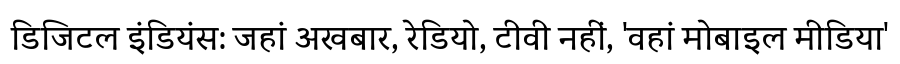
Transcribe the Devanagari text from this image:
डिजिटल इंडियंस: जहां अखबार, रेडियो, टीवी नहीं, 'वहां मोबाइल मीडिया'